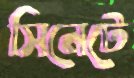
সিনেটে